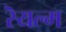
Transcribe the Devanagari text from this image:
रॆयल्म